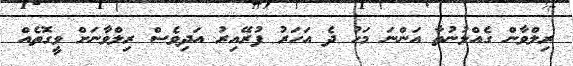
ރިލްވާން ގެއްލުނުތާ އަންނަ މަހު ދެ އަހަރު ފުރޭއިރު އަދިވެސް ރިލްވާނަށް ވީގޮތެއް